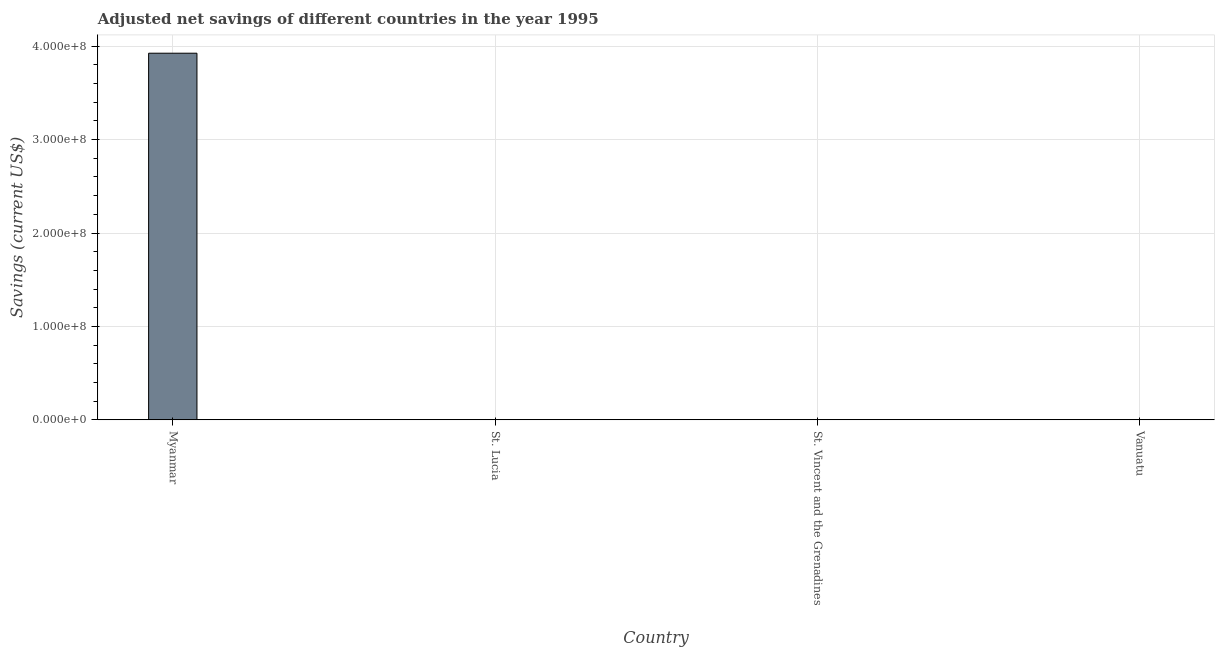
| Country | Adjusted savings: particulate emission damage (current US$) |
 | --- | --- |
 | Myanmar | 3.93e+08 |
 | St. Lucia | 1.69e+03 |
 | St. Vincent and the Grenadines | 9.9e+04 |
 | Vanuatu | 3.05e+05 |